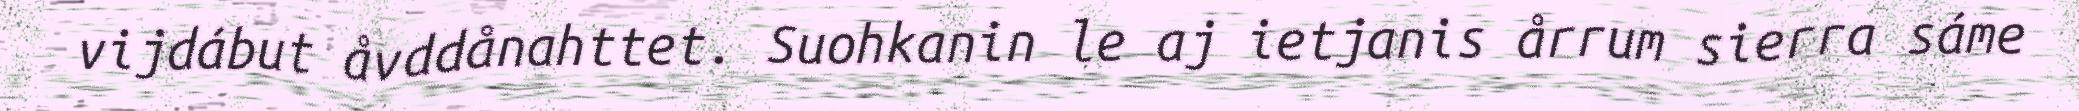
vijdábut åvddånahttet. Suohkanin le aj ietjanis årrum sierra sáme